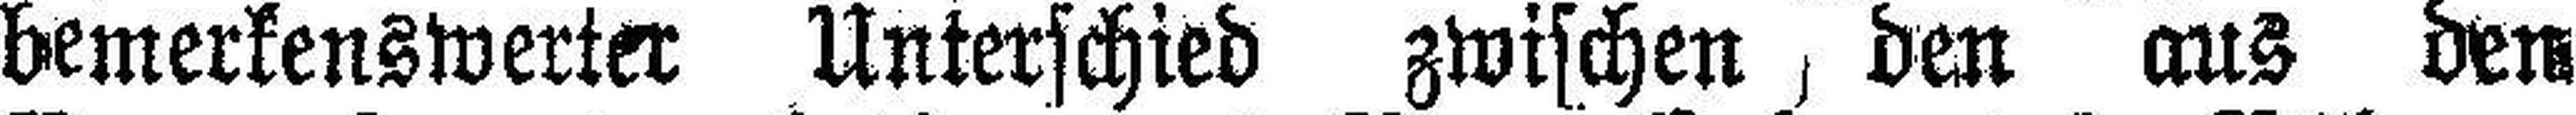
bemerkenswerter Unterschied zwischen den aus den